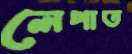
লেপাত